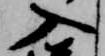
入